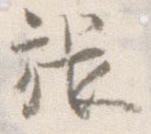
張